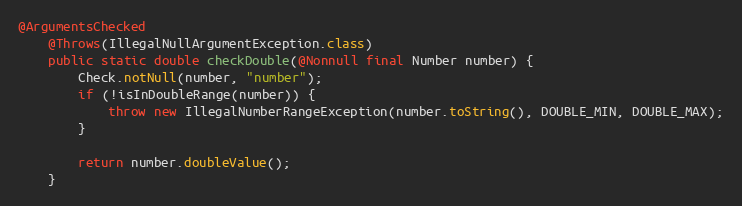
Language: Java
@ArgumentsChecked
	@Throws(IllegalNullArgumentException.class)
	public static double checkDouble(@Nonnull final Number number) {
		Check.notNull(number, "number");
		if (!isInDoubleRange(number)) {
			throw new IllegalNumberRangeException(number.toString(), DOUBLE_MIN, DOUBLE_MAX);
		}

		return number.doubleValue();
	}